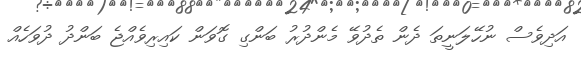
އަދިވެސް ނުހޭލަނީތަ ދެން ތެދުވޭ މެންދުރު ބަންގި ގޮވަން ކައިރިވެއްޖެ ބަންދު ދުވަހެއް